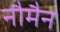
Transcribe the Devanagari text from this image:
नौमैन